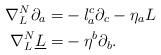
LaTeX: \begin{align*} \nabla^N_{L} \partial_a =& -l_a^c \partial_c - \eta_a L \\ \nabla^N_{L} \underline L = & -\eta^b \partial_b .\end{align*}